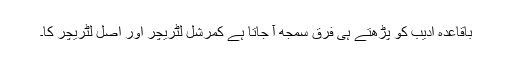
باقاعدہ ادیب کو پڑھتے ہی فرق سمجھ آ جاتا ہے کمرشل لٹریچر اور اصل لٹریچر کا۔